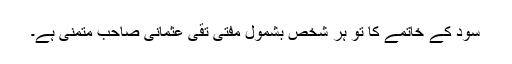
سود کے خاتمے کا تو ہر شخص بشمول مفتی تقی عثمانی صاحب متمنی ہے۔